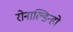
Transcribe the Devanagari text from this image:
रोनाल्‍डिन्‍हो